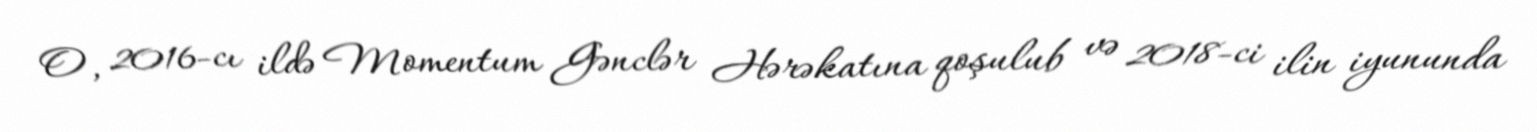
O, 2016-cı ildə Momentum Gənclər Hərəkatına qoşulub və 2018-ci ilin iyununda